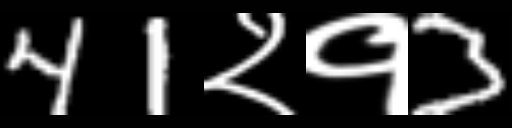
Text: 41२१3